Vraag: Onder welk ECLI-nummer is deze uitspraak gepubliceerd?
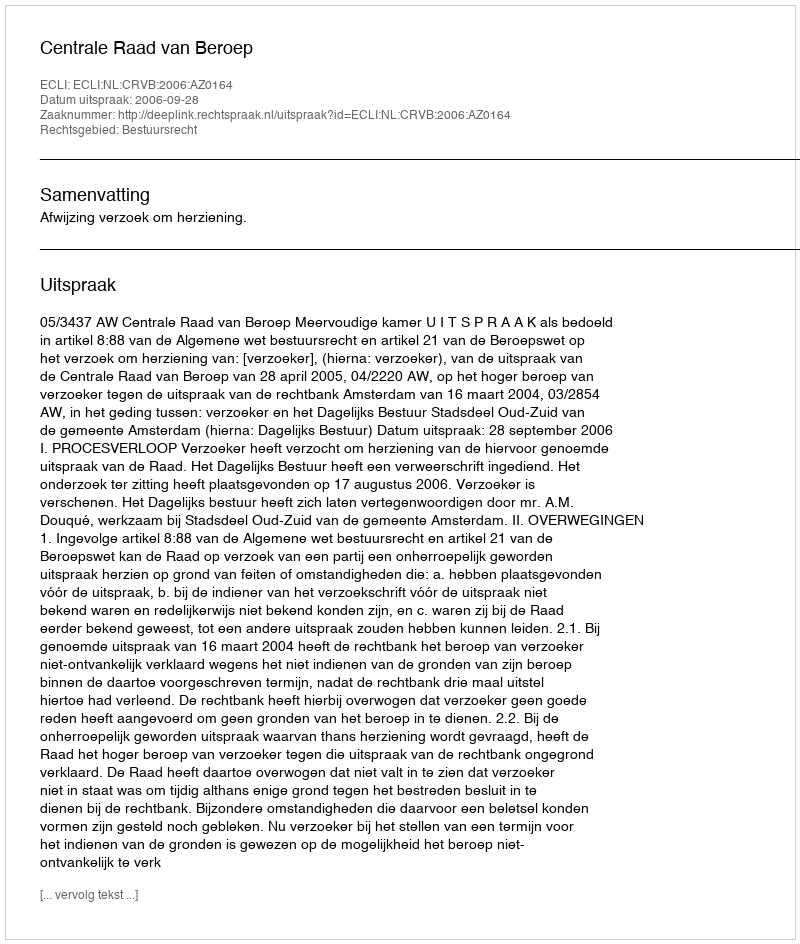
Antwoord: ECLI:NL:CRVB:2006:AZ0164